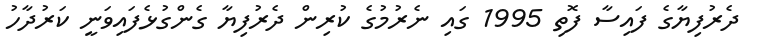
ދެރުފިޔާގެ ފައިސާ ފޮތި 1995 ގައި ނެރުމުގެ ކުރިން ދެރުފިޔާ ގެންގުޅެފައިވަނީ ކަރުދާހު